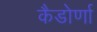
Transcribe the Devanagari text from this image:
कैडोर्णा